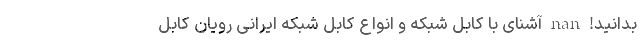
بدانید! nan آشنای با کابل شبکه و انواع کابل شبکه ایرانی رویان کابل